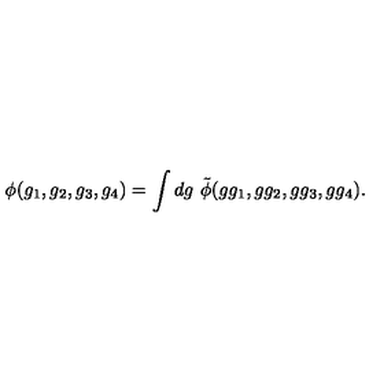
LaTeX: \phi ( g _ { 1 } , g _ { 2 } , g _ { 3 } , g _ { 4 } ) = \int d g \ \tilde { \phi } ( g g _ { 1 } , g g _ { 2 } , g g _ { 3 } , g g _ { 4 } ) .